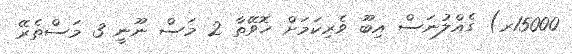
15000ރ) ގެއްލުނަސް އިބޫ ވެރިކަމަށް ހޮވޭތާ 2 މަސް ނޫނީ 3 މަސްތެރޭ